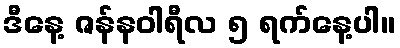
ဒီနေ့ ဇန်နဝါရီလ ၅ ရက်နေ့ပါ။